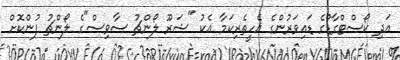
އަދި ކޯސްޓްގާޑުގެ ޑައިވަރުންގެ އެހީތެރިކަމާ އެކު "ޝަރޫ ލޯންޗު ސާވިސް"ގެ ލޯންޗު ފުންކޮށް